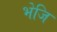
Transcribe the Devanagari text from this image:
भेजि